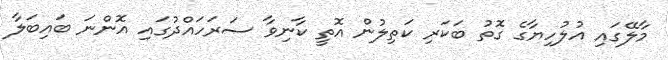
މާލޭގައި އުލުހިޔާގެ ގޮތު ބަކަރި ކަތިލުން އޮތީ ކާނިވާ ސަރަހައްދުގައި އޮންނަ ބައިބަލާ